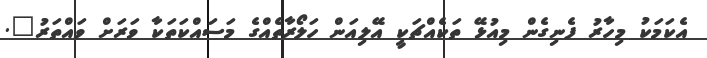
އެކަމަކު މިހާރު ފެނިގެން މިއުޅޭ ތަކެއްޗަކީ އޭލިއަން ހަލޯރާތެއްގެ މަސައްކަތަކާ ވަރަށް ވައްތަރު".